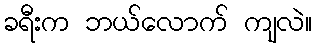
ခရီးက ဘယ်လောက် ကျလဲ။